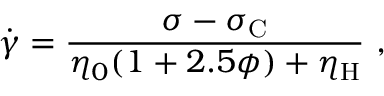
\dot { \gamma } = \frac { \sigma - \sigma _ { \mathrm C } } { \eta _ { 0 } ( 1 + 2 . 5 \phi ) + \eta _ { \mathrm H } } ~ ,